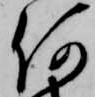
何